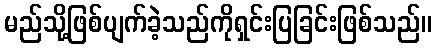
မည်သို့ဖြစ်ပျက်ခဲ့သည်ကိုရှင်းပြခြင်းဖြစ်သည်။